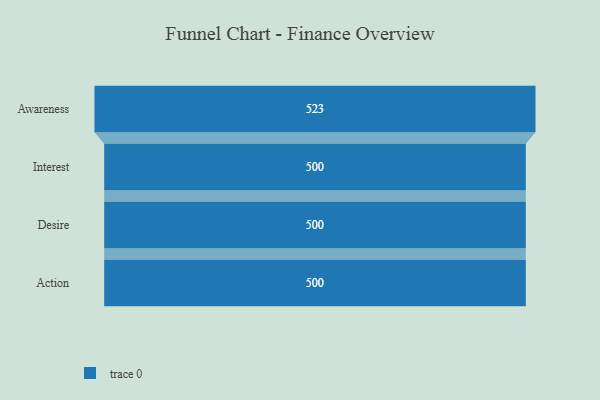
{"axis": {"x": "Stage", "y": "Value"}, "legend": [""], "data": [{"x": "Awareness", "y": 523.0, "type": ""}, {"x": "Interest", "y": 500, "type": ""}, {"x": "Desire", "y": 500, "type": ""}, {"x": "Action", "y": 500, "type": ""}]}